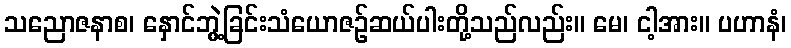
သညောဇနာစ၊ နှောင်ဘွဲ့ခြင်းသံယောဇဉ်ဆယ်ပါးတို့သည်လည်း။ မေ၊ ငါ့အား။ ပဟာနံ၊